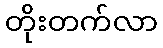
တိုးတက်လာ